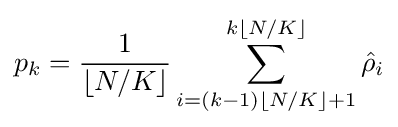
p_{k}={\frac {1}{\lfloor N/K\rfloor }}\sum _{i=(k-1)\lfloor N/K\rfloor +1}^{k\lfloor N/K\rfloor }{\hat {\rho }}_{i}